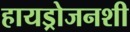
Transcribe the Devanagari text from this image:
हायड्रोजनशी